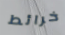
خرائط